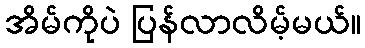
အိမ်ကိုပဲ ပြန်လာလိမ့်မယ်။